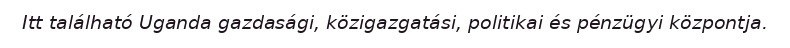
Itt található Uganda gazdasági, közigazgatási, politikai és pénzügyi központja.